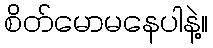
စိတ်မောမနေပါနဲ့။